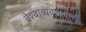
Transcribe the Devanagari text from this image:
वेश्याव्यवसायातील